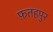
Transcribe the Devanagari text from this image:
फ़तहपुर